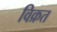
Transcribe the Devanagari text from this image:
विक्रत